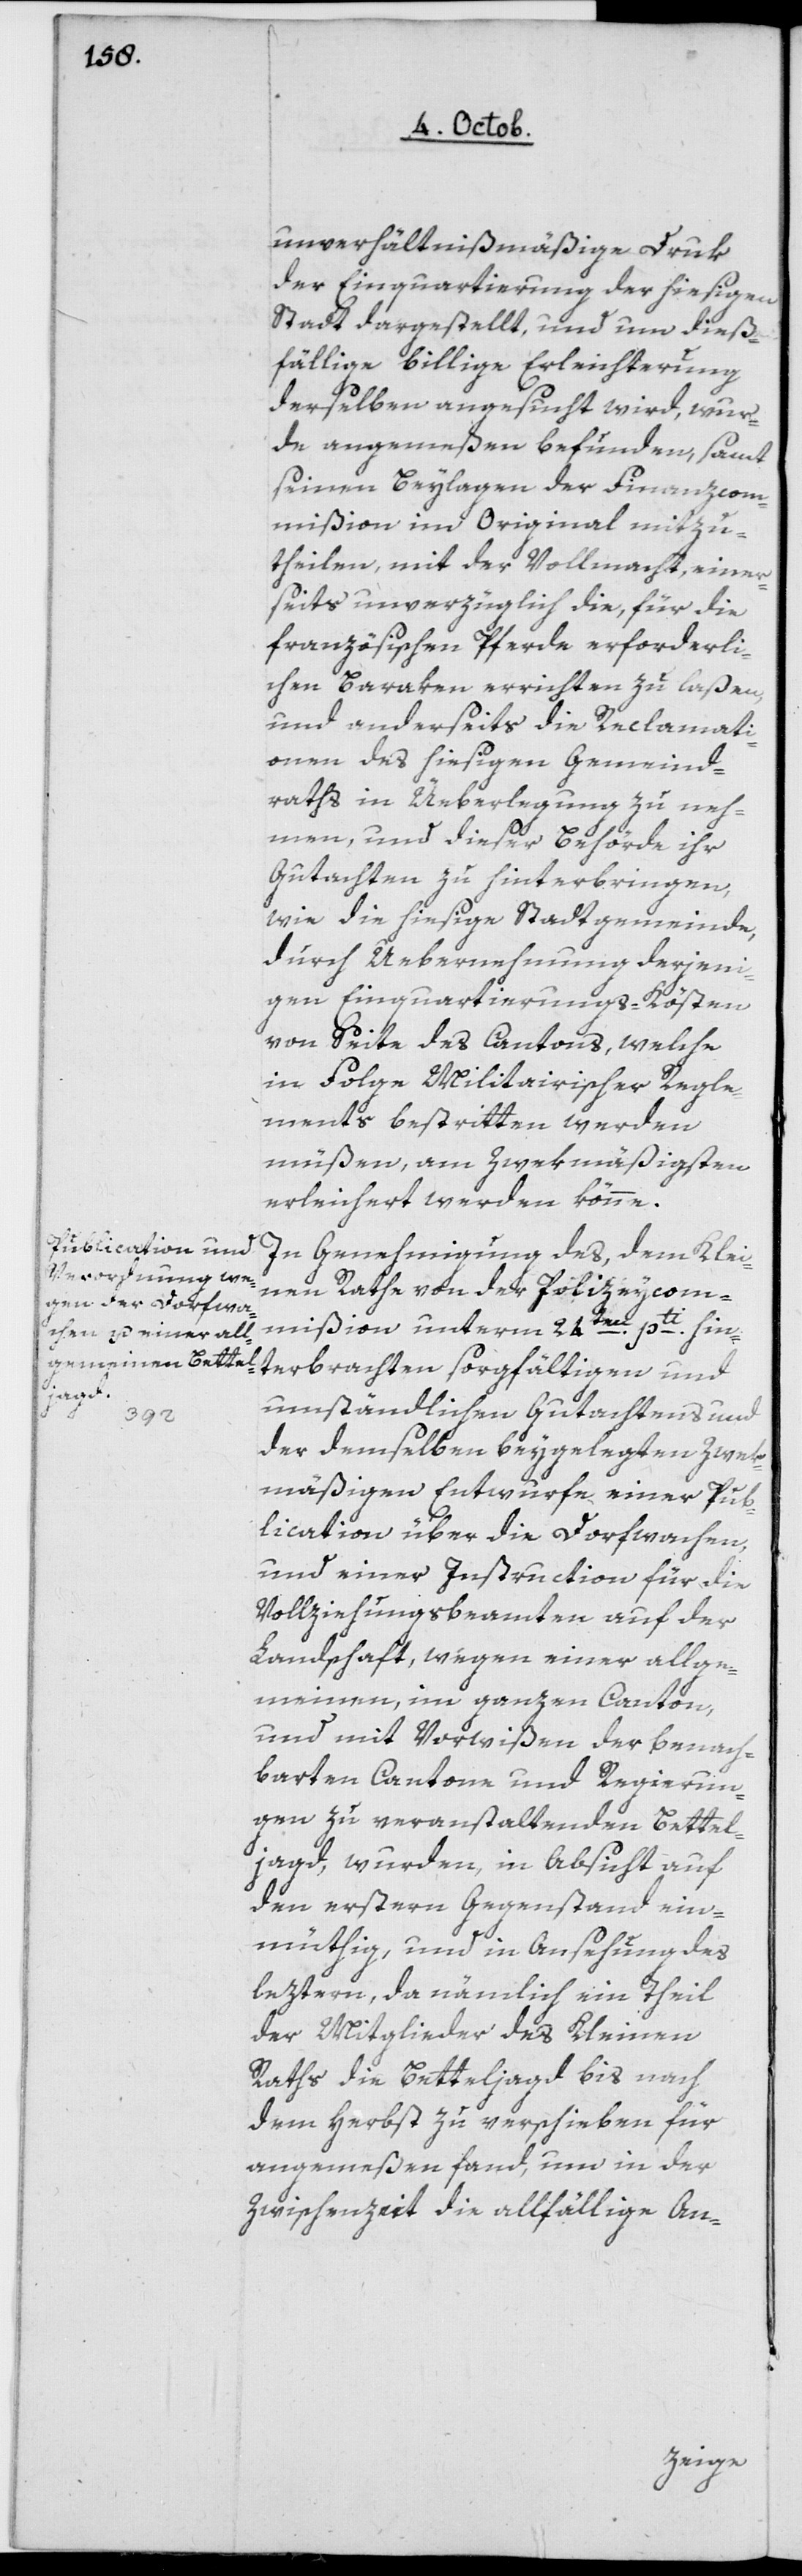
unverhältnißmäßige Druk
der Einquartierung der hiesigen
Stadt dargestellt, und um dieß¬
fällige billige Erleichterung
derselben angesucht wird, wur¬
de angemeßen befunden, samt
seinen Beylagen der Finanzcom¬
mißion im Original mitzu¬
theilen, mit der Vollmacht, einer¬
seits unverzüglich die, für die
französischen Pferde erforderli¬
chen Baraken errichten zu laßen,
und anderseits die Reclamati¬
onen des hiesigen Gemeind¬
raths in Überlegung zu neh¬
men, und dieser Behörde ihr
Gutachten zu hinterbringen,
wie die hiesige Stadtgemeinde
durch Übernehmung derjeni¬
gen Einquartierungs-Kösten
von Seite des Kantons, welche
in Folge Militairischer Regle¬
ments bestritten werden
müßen, am zweckmäßigsten
erleichtert werden könne.
In Genehmigung des, dem Klei¬
nen Rathe von der Polizeycom¬
mißion unterm 24ten pti hin¬
terbrachten sorgfältigen und
umständlichen Gutachtens und
der demselben beygelegten zweck¬
mäßigen Entwurfe einer Pub¬
lication über die Dorfwachen
und einer Instruction für die
Vollziehungsbeamten auf der
Landschaft, wegen einer allge¬
meinen, im ganzen Canton
und mit Vorwißen der benach¬
barten Cantone und Regierun¬
gen zu veranstaltenden Bettel¬
jagd, wurden in Absicht auf
den erstern Gegenstand ein¬
müthig, und in Ansehung des
leztern, da nämlich ein Theil
der Mitglieder des Kleinen
Raths die Betteljagd bis nach
dem Herbst zu verschieben für
angemeßen fand, um in der
Zwischenzeit die allfällige An-